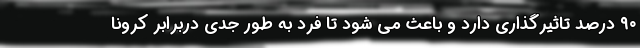
۹۰ درصد تاثیرگذاری دارد و باعث می شود تا فرد به طور جدی دربرابر کرونا